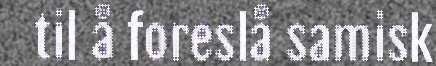
til å foreslå samisk